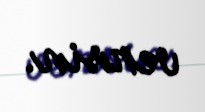
versin.